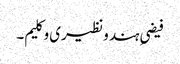
فیضیِ ہند و نظیری و کلیم۔